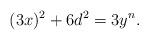
LaTeX: \begin{align*}(3x)^2 + 6d^2 = 3y^n.\end{align*}